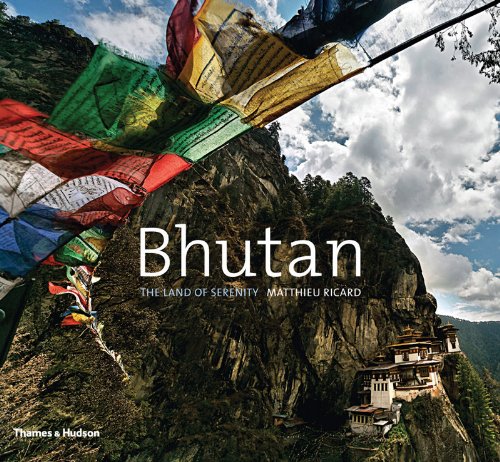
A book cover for Bhutan: The Land of Serenity; Matthieu Ricard; Travel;